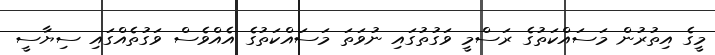
މީގެ އިތުރުން މަސައްކަތުގެ ރަސްމީ ވަގުތުގައި ނުވަތަ މަސައްކަތުގެ އެއްވެސް ވަގުތެއްގައި ސިޔާސީ